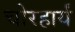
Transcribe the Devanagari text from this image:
चोरहार्यं